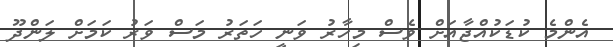
އެންމެ ކުޑަކުއްޖާއަށް ވެސް މިހާރު ވަނީ ހަތަރު މަސް ވަރު ކަމަށް ލަންދޫ